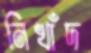
নিখাঁদ